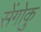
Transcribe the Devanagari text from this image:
सेंगोकु